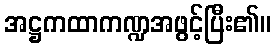
အဋ္ဌကထာကဏ္ဍအဖွင့်ပြီး၏။